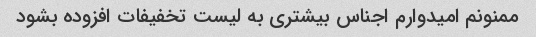
ممنونم امیدوارم اجناس بیشتری به لیست تخفیفات افزوده بشود